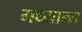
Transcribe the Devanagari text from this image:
मध्यान्त